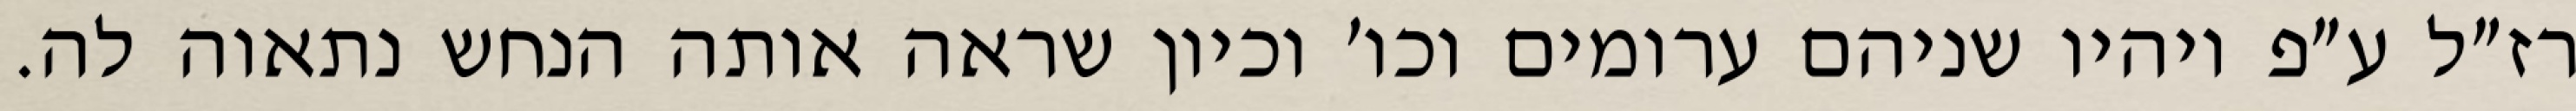
רז״ל ע״פ ויהיו שניהם ערומים וכו׳ וכיון שראה אותה הנחש נתאוה לה.